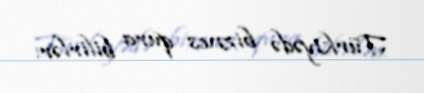
Türkiyədə biznes qura bilirlər.